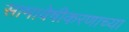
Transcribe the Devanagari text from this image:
सामावेषीकरणाच्या